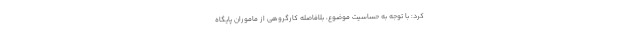
کرد: با توجه به حساسیت موضوع، بلافاصله کارگروهی از ماموران پایگاه